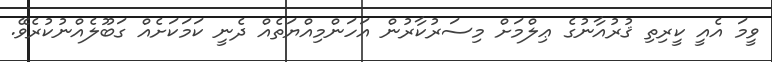
ވީމަ އެއީ ކީރިތި ޤުރުއާނުގެ ޢިލްމަށް މިސަރުކާރުން އަހަންމިއްޔަތެއް ދެނީ ކަމަކަށެއް ގަބޫލެއްނުކުރެވޭ.